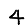
Digit: 4